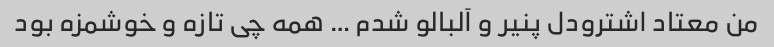
من‌ معتاد اشترودل پنیر و آلبالو شدم … همه چی تازه و خوشمزه بود